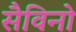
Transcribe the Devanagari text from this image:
सैविनो